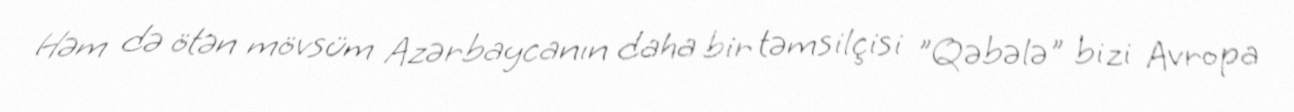
Həm də ötən mövsüm Azərbaycanın daha bir təmsilçisi "Qəbələ" bizi Avropa